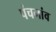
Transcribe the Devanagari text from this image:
पंचगांव